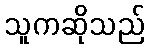
သူကဆိုသည်